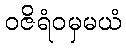
ဝဇိရံဝမှမယံ